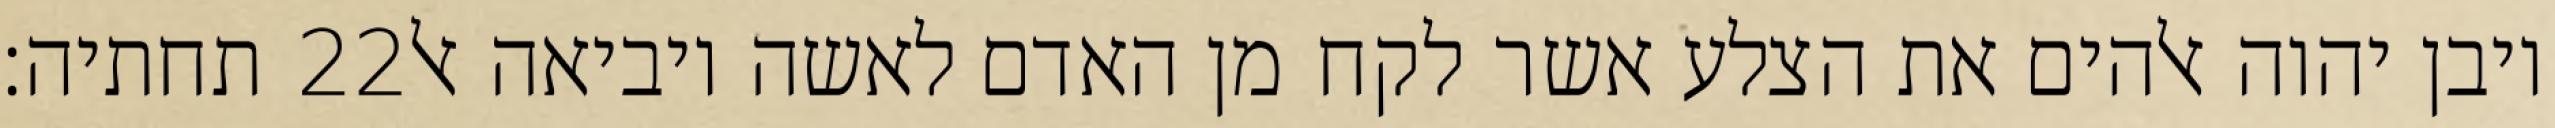
תחתיה׃ ‎22‏ ויבן יהוה אלהים את הצלע אשר לקח מן האדם לאשה ויביאה אל